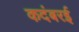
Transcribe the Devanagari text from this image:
कदंबरई